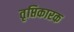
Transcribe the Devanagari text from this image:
तृप्तिकारक